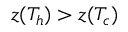
z ( T _ { h } ) > z ( T _ { c } )